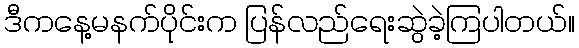
ဒီကနေ့မနက်ပိုင်းက ပြန်လည်ရေးဆွဲခဲ့ကြပါတယ်။